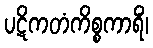
ပဋိကတံကိစ္စကာရိံ၊